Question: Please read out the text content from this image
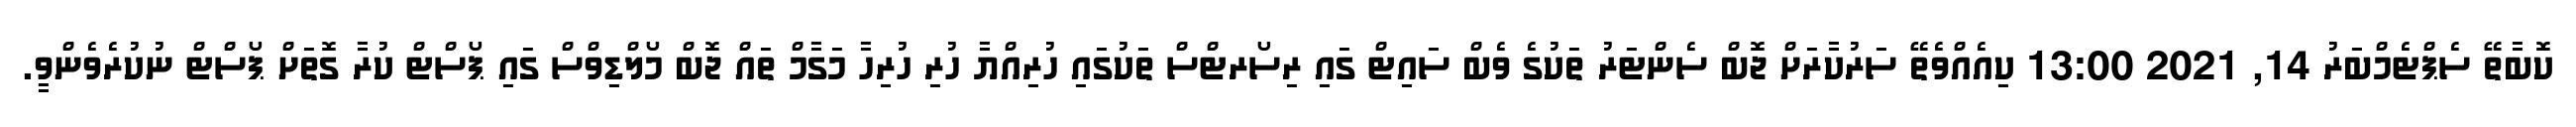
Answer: ކޮބާތޭ ސެޕްޓެމްބަރު 14, 2021 13:00 ކިއެއްވެތޭ ސަރުކާރަށް ޖޮބް ސެންޓަރު ތަކުގެ ވެބް ސައިޓް ގައި ރިސޯރޓްސް ތަކުގައި ހުރިއްޔާ ހުރި ހުރިހާ މަގާމް ތައް ޖޮބް މޯލްޑިވްސް ގައި ޕޯސްޓް ކުރާ ގޮތަށް ޕޯސްޓް ނުކުރެވެންވީ.